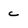
Character: c